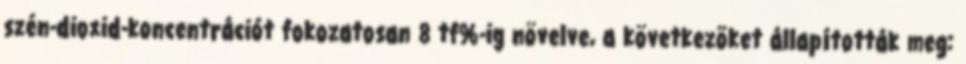
szén-dioxid-koncentrációt fokozatosan 8 tf%-ig növelve, a következõket állapították meg: